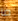
ما